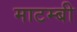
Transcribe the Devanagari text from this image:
माटम्बी